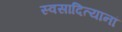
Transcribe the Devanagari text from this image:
स्वसादित्यानां